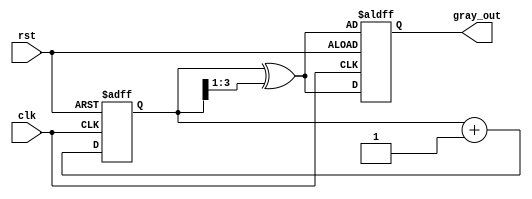
module GrayCodeCounter (
    input wire clk,              // Clock signal
    input wire rst,              // Asynchronous reset signal
    output reg [3:0] gray_out    // 4-bit Gray code output (adjust width as needed)
);

    // Internal binary counter
    reg [3:0] bin_count;          // 4-bit binary counter (adjust width as needed)

    // Gray code conversion logic
    function [3:0] bin_to_gray(input [3:0] binary);
        begin
            bin_to_gray = binary ^ (binary >> 1);
        end
    endfunction

    // Counter process
    always @(posedge clk or posedge rst) begin
        if (rst) begin
            bin_count <= 4'b0000;  // Initialize binary counter to 0
            gray_out <= bin_to_gray(bin_count);  // Update Gray code output
        end else begin
            bin_count <= bin_count + 1;  // Increment binary counter
            gray_out <= bin_to_gray(bin_count);  // Update Gray code output
        end
    end

endmodule